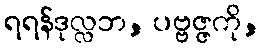
ရရန်ဒုလ္လဘ, ပဗ္ဗဇ္ဇကို,